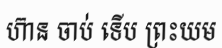
ហ៊ាន ចាប់ ទើប ព្រះយម